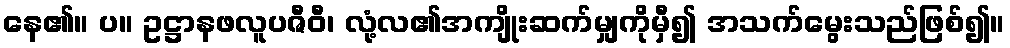
နေ၏။ ပ။ ဥဋ္ဌာနဖလူပဇီဝီ၊ လုံ့လ၏အကျိုးဆက်မျှကိုမှီ၍ အသက်မွေးသည်ဖြစ်၍။